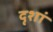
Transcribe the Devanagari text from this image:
दृशां